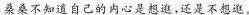
桑桑不知道自己的内心是想逛，还是不想逛。